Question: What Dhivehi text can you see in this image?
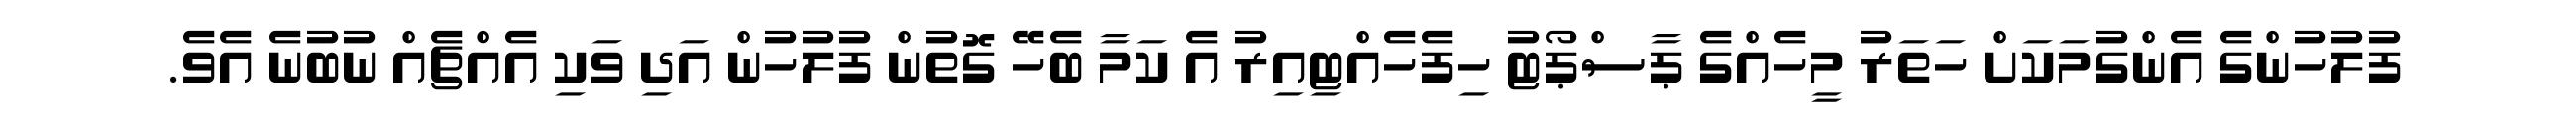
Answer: ފުލުހުންގެ އެންގުމަކަށް ހަތަރު މީހެއްގެ ޕާސްޕޯޓު ހިފެހެއްޓިއިރު އެ ކަމާ ބެހޭ ގޮތުން ފުލުހުން އަދި ވަކި އެއްޗެއް ނުބުނެ އެވެ.